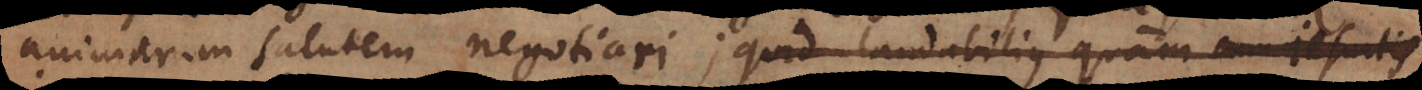
animarum salutem negotiari; quid laudabilius quam cum Jesuitis